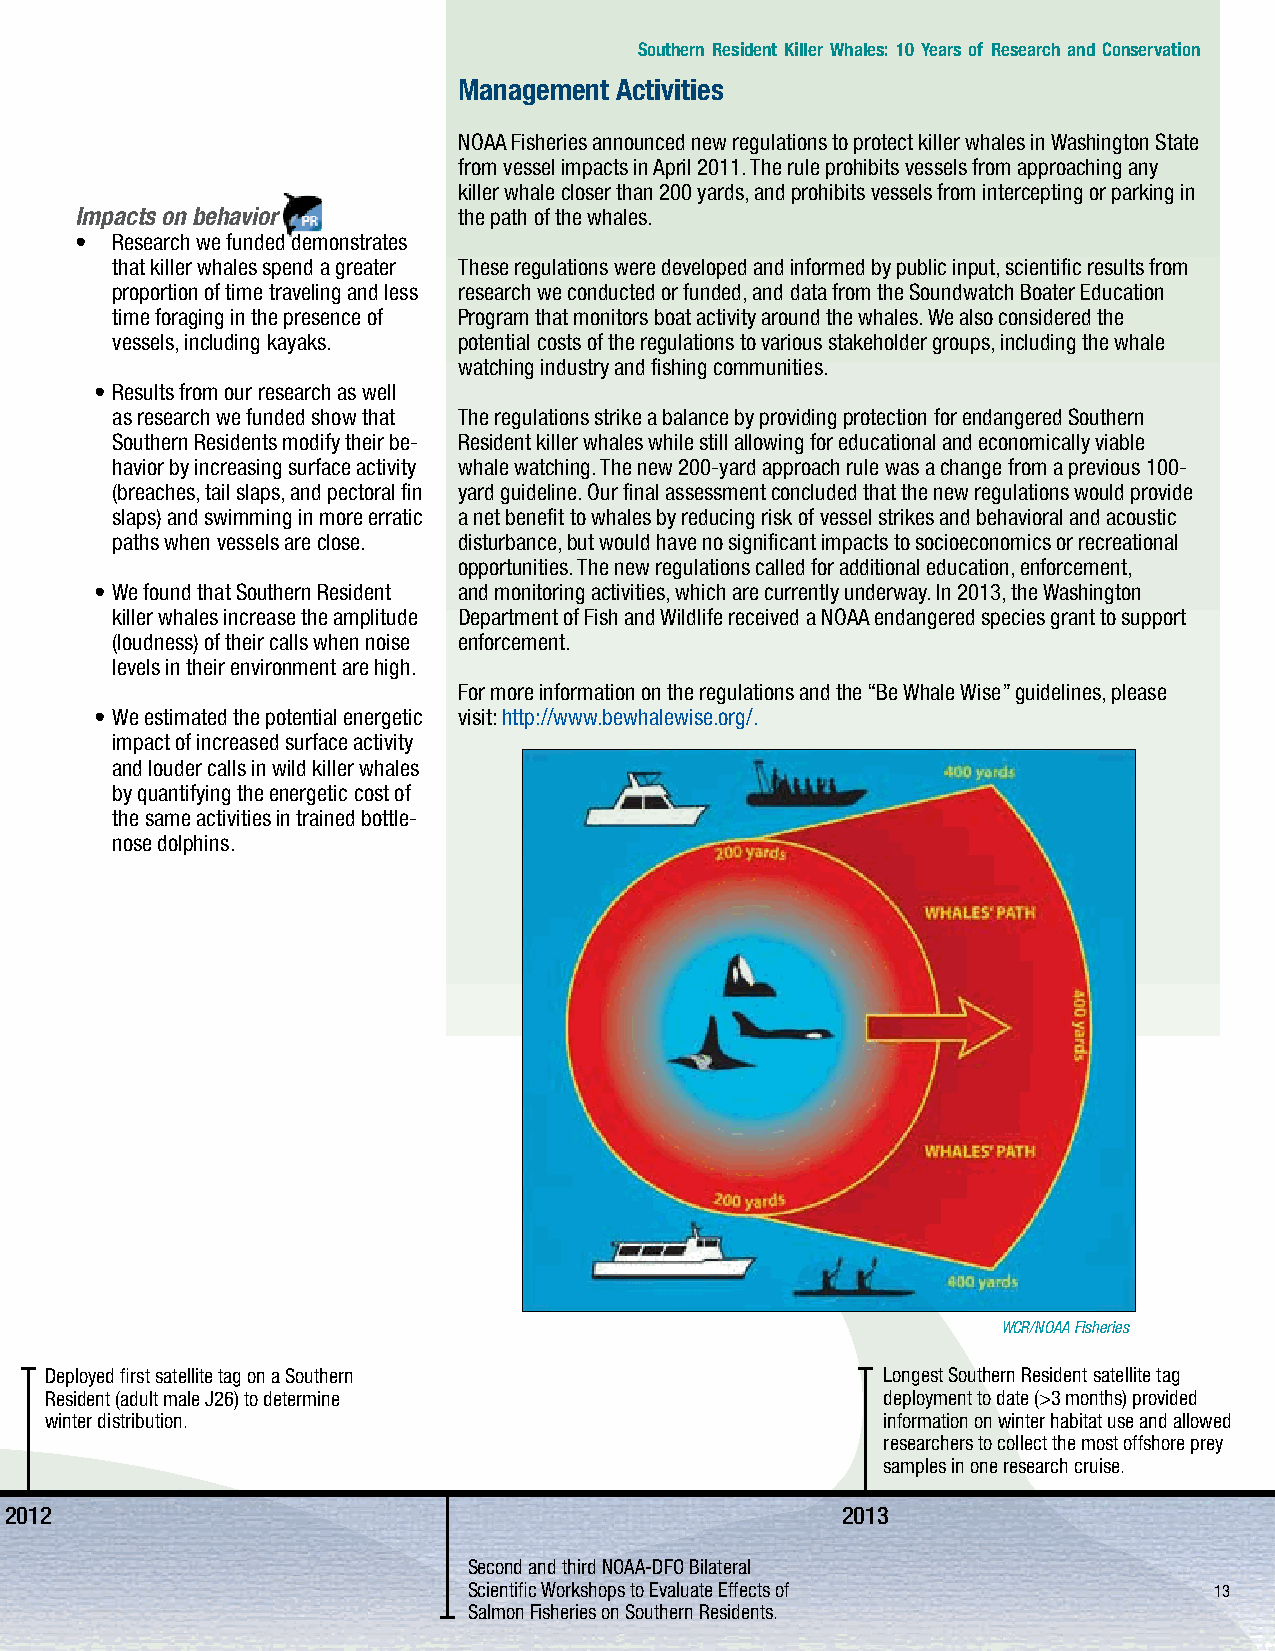
Southern Resident Killer Whales: 10 Years of Research and Conservation
 Management Activities
 NOAA Fisheries announced new regulations to protect killer whales in Washington State
 from vessel impacts in April 2011. The rule prohibits vessels from approaching any
 killer whale closer than 200 yards, and prohibits vessels from intercepting or parking in
 Impacts on behavior      the path of the whales.
 • Research we funded demonstrates
 that killer whales spend a greater These regulations were developed and informed by public input, scientific results from
 proportion of time traveling and less research we conducted or funded, and data from the Soundwatch Boater Education
 time foraging in the presence of Program that monitors boat activity around the whales. We also considered the
 vessels, including kayaks. potential costs of the regulations to various stakeholder groups, including the whale
 watching industry and fishing communities.
 • Results from our research as well
 as research we funded show that The regulations strike a balance by providing protection for endangered Southern
 Southern Residents modify their be- Resident killer whales while still allowing for educational and economically viable
 havior by increasing surface activity whale watching. The new 200-yard approach rule was a change from a previous 100-
 (breaches, tail slaps, and pectoral fin yard guideline. Our final assessment concluded that the new regulations would provide
 slaps) and swimming in more erratic a net benefit to whales by reducing risk of vessel strikes and behavioral and acoustic
 paths when vessels are close. disturbance, but would have no significant impacts to socioeconomics or recreational
 opportunities. The new regulations called for additional education, enforcement,
 • We found that Southern Resident and monitoring activities, which are currently underway. In 2013, the Washington
 killer whales increase the amplitude Department of Fish and Wildlife received a NOAA endangered species grant to support
 (loudness) of their calls when noise enforcement.
 levels in their environment are high.
 For more information on the regulations and the “Be Whale Wise” guidelines, please
 • We estimated the potential energetic visit: http://www.bewhalewise.org/.
 impact of increased surface activity
 and louder calls in wild killer whales
 by quantifying the energetic cost of
 the same activities in trained bottle-
 nose dolphins.
 WCR/NOAA Fisheries
 Published scientific paper showing reproductive Deployed first satellite tag on a Southern Longest Southern Resident satellite tag
 success appears to increase with male age and Resident (adult male J26) to determine deployment to date (>3 months) provided
 size and that Southern Residents do not breed winter distribution. information on winter habitat use and allowed
 outside of their small population.                        researchers to collect the most offshore prey
 samples in one research cruise.
 2011
 2012                                                    2013
 First of three NOAA-DFO Bilateral Scientific
 Second and third NOAA-DFO Bilateral
 Announced new vessel regulations to Workshops to Evaluate Effects of Salmon Sc ientific W orkshops to Evaluate Effects of 13
 protect killer whales. Fisheries on Southern Residents. Salmon Fisheries on Southern Residents.